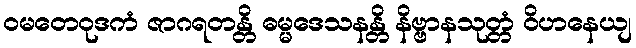
ဝမတေဝုဒကံ ဇာဂရတန္တိ ဓမ္မဒေသနန္တိ နိဗ္ဗာနသုတ္တံ ဝိဟနေယျ